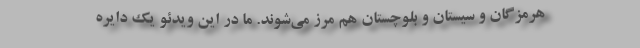
هرمزگان و سیستان و بلوچستان هم مرز می‌شوند. ما در این ویدئو یک دایره